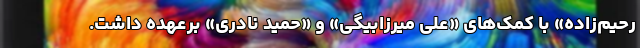
رحیم‌زاده» با کمک‌های «علی میرزابیگی» و «حمید نادری» برعهده داشت.